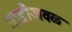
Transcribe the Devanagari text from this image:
गाडीजवळ